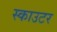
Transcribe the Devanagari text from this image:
स्काउटर